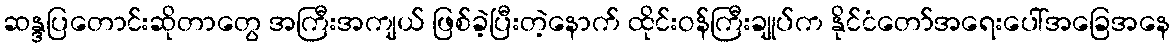
ဆန္ဒပြတောင်းဆိုတာတွေ အကြီးအကျယ် ဖြစ်ခဲ့ပြီးတဲ့နောက် ထိုင်းဝန်ကြီးချုပ်က နိုင်ငံတော်အရေးပေါ်အခြေအနေ